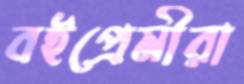
বইপ্রেমীরা